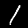
Digit: 1